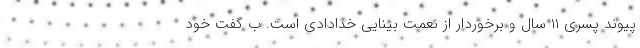
پیوند پسری ۱۱ سال و برخوردار از نعمت بینایی خدادادی است. ب گفت خود